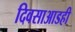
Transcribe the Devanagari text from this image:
दिवसाआडही